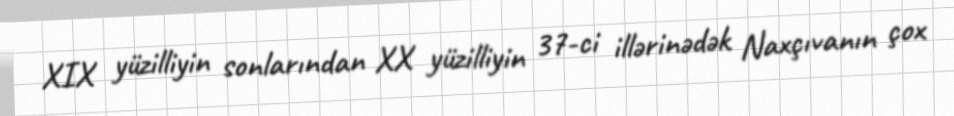
XIX yüzilliyin sonlarından XX yüzilliyin 37-ci illərinədək Naxçıvanın çox